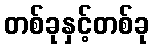
တစ်ခုနှင့်တစ်ခု